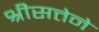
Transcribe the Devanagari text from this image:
श्रीसत्तेने